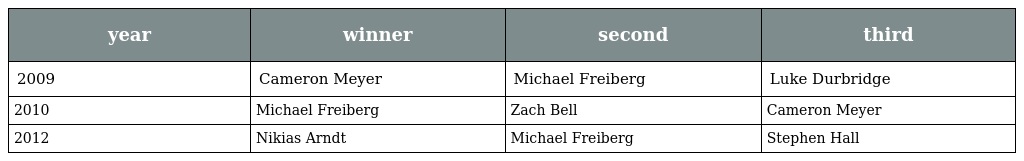
| year | winner | second | third |
 | --- | --- | --- | --- |
 | 2009 | Cameron Meyer | Michael Freiberg | Luke Durbridge |
 | 2010 | Michael Freiberg | Zach Bell | Cameron Meyer |
 | 2012 | Nikias Arndt | Michael Freiberg | Stephen Hall |